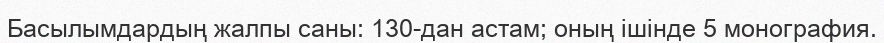
Басылымдардың жалпы саны: 130-дан астам; оның ішінде 5 монография.